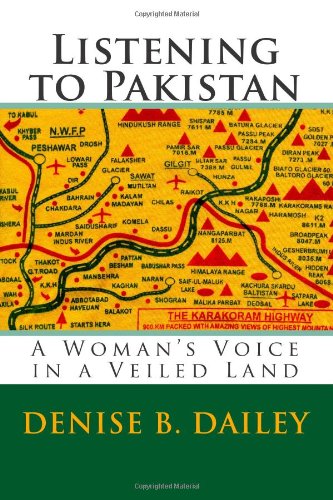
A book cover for Listening to Pakistan: A Woman's Voice in a Veiled Land; Denise B. Dailey; Travel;